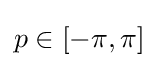
{\textstyle p\in [-\pi ,\pi ]}